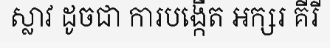
ស្លាវ ដូចជា ការបង្កើត អក្សរ គីរី